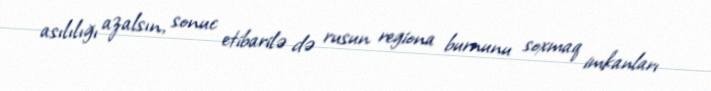
asılılığı azalsın, sonuc etibarilə də rusun regiona burnunu soxmaq imkanları